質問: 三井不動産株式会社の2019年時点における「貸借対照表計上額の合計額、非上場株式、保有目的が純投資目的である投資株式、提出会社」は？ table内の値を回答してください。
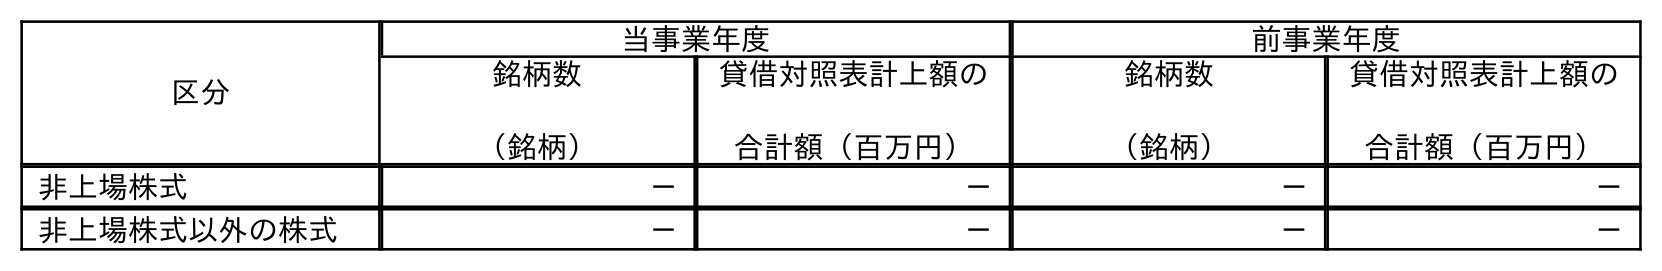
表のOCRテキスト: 区分 当事業年度 前事業年度 銘柄数 （銘柄） 貸借対照表計上額の 合計額（百万円） 銘柄数 （銘柄） 貸借対照表計上額の 合計額（百万円） 非上場株式 － － － － 非上場株式以外の株式 － － － －
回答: －